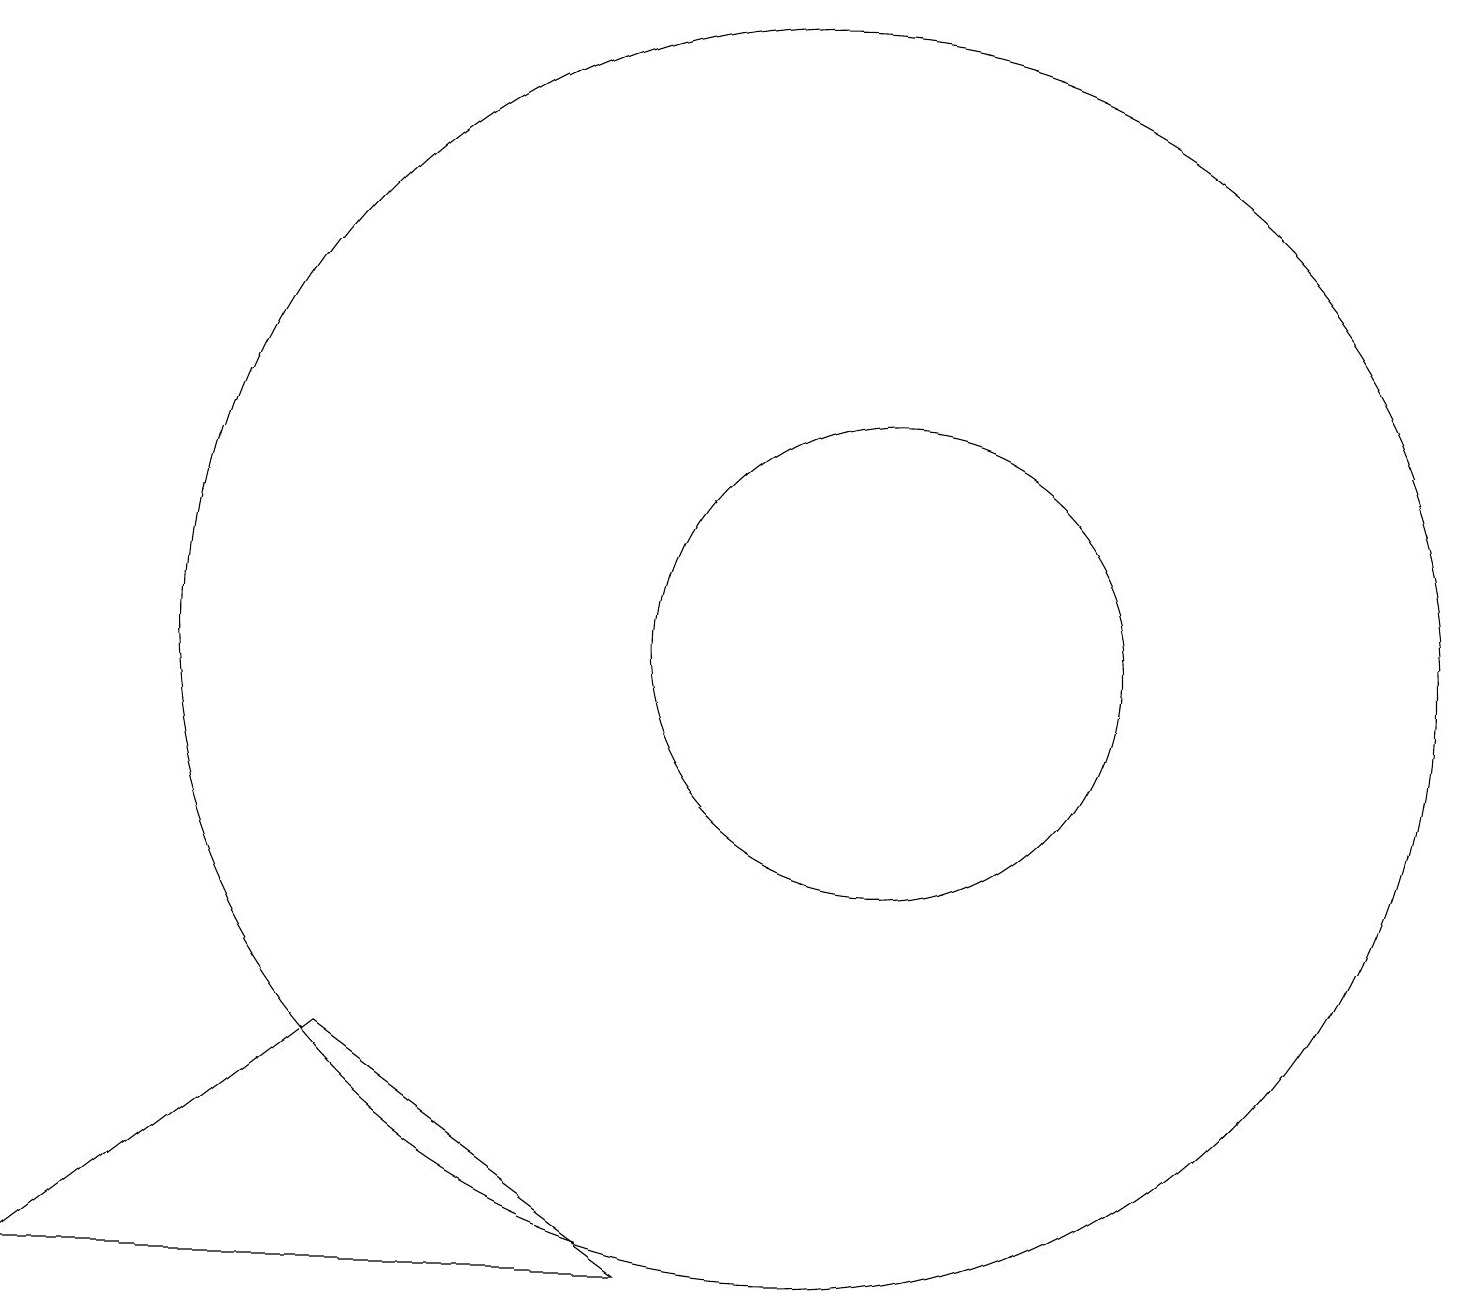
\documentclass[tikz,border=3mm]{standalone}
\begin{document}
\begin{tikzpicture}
\draw (8,3) -- (4,6) -- (0,3) -- cycle;
\draw (10,11) circle (8);
\draw (11,11) circle (3);
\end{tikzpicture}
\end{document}